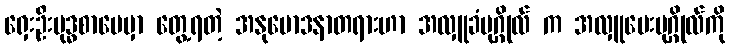
ရှေးဦးဗုဒ္ဓစာပေမှာ တွေ့ရတဲ့ အနုမောဒနာတရားဟာ အလှူခံပုဂ္ဂိုလ် က အလှူပေးပုဂ္ဂိုလ်ကို